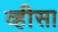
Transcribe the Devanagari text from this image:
व्हीसा